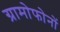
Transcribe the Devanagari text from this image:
ग्रामोफोनों